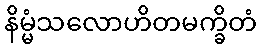
နိမ္မံသလောဟိတမက္ခိတံ